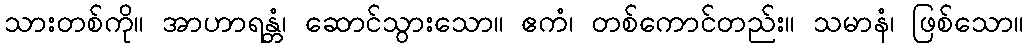
သားတစ်ကို။ အာဟာရန္တံ၊ ဆောင်သွားသော။ ဧကံ၊ တစ်ကောင်တည်း။ သမာနံ၊ ဖြစ်သော။